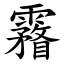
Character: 霿